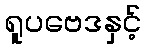
ရူပဗေဒနှင့်